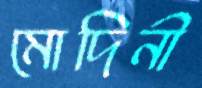
মোদিনী